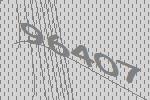
96407